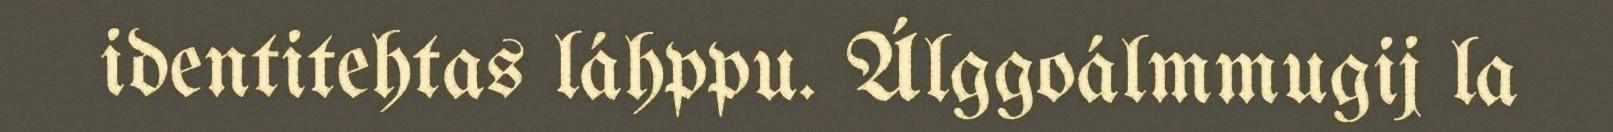
identitehtas láhppu. Álggoálmmugij la